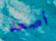
اصعد